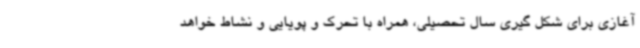
آغازی برای شکل گیری سال تحصیلی، همراه با تحرک و پویایی و نشاط خواهد